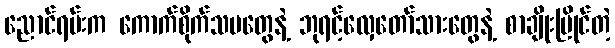
ညောင်ရမ်းက ကောက်စိုက်သမတွေနဲ့ ဘုရင့်လှေတော်သားတွေနဲ့ စာချိုးပြိုင်တဲ့